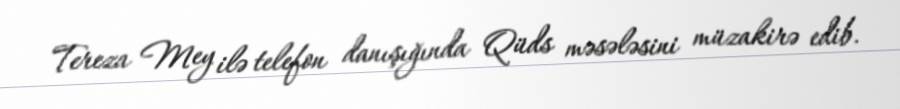
Tereza Mey ilə telefon danışığında Qüds məsələsini müzakirə edib.